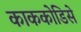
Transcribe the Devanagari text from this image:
काककोडिसे